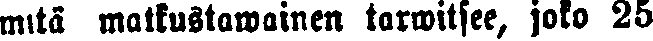
mitä matkustamainen tarwitsee, joko 25